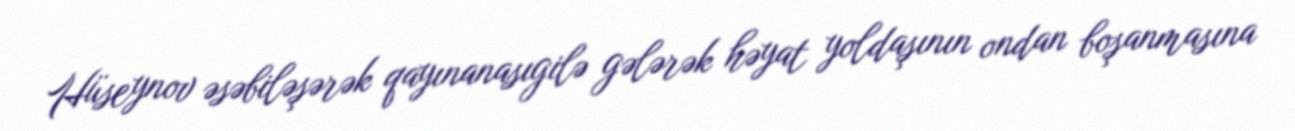
Hüseynov əsəbiləşərək qayınanasıgilə gələrək həyat yoldaşının ondan boşanmasına